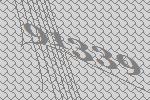
91339